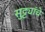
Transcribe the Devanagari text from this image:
सुट्ट्यांचे